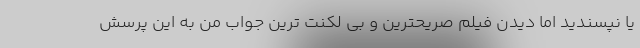
یا نپسندید اما دیدن فیلم صریحترین و بی لکنت ترین جواب من به این پرسش